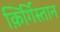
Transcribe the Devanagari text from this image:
क़िर्गिस्तान